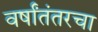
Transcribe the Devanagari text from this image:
वर्षांतंतरचा